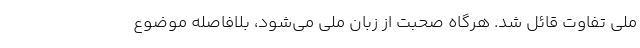
ملی تفاوت قائل شد. هرگاه صحبت از زبان ملی می‌شود، بلافاصله موضوع